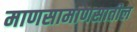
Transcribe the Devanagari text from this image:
माणसामाणसातील